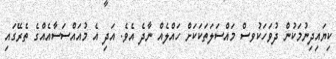
ކިޔައިދިނުމަކުން ދުވަހަކުވސް މައްސަލަތަކަކަށް ހައްލެއް ނާދެ އެވެ. އަދި އެ މުއައްސަސާއެއްގެ ތެރޭގައި